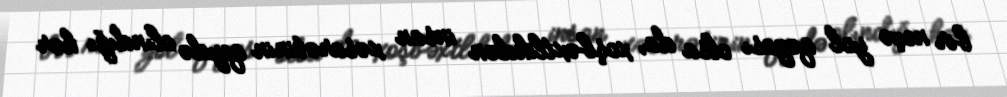
bir neçə yol qəzası olsa da, xoşbəxtlikdən insan xəsarətinin qeydə alındığı hər